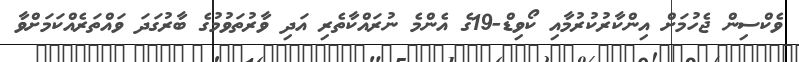
ވެކްސިން ޖެހުމަށް އިންކާރުކުރުމާއި ކޯވިޑް-19ގެ އެންމެ ނުރައްކާތެރި އަދި ވާރުތަވުމުގެ ބާރުގަދަ ވައްތަރެއްކަމަށްވާ